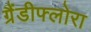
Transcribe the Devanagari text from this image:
ग्रैंडीफ्लोरा